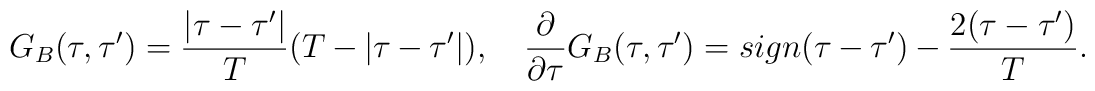
G_B(\tau,\tau')=\frac{|\tau-\tau'|}{T}(T-|\tau-\tau'|),\quad\frac{\partial}{\partial\tau} G_B(\tau,\tau')=sign(\tau-\tau')-{2(\tau-\tau')\over T}.